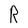
Character: R